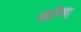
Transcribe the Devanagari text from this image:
आण्णि